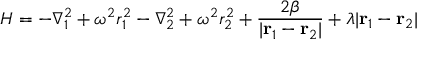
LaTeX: H = - \nabla _ { 1 } ^ { 2 } + \omega ^ { 2 } r _ { 1 } ^ { 2 } - \nabla _ { 2 } ^ { 2 } + \omega ^ { 2 } r _ { 2 } ^ { 2 } + { \frac { 2 \beta } { | { \bf r } _ { 1 } - { \bf r } _ { 2 } | } } + \lambda | { \bf r } _ { 1 } - { \bf r } _ { 2 } |